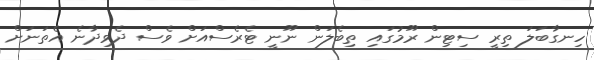
ހިނގާބަލަ ތިރީ ސިޓިން ރޫމުގައި ތިބެލަން ނޫނީ ޓެރެސްއަށް ވެސް ދެވިދާނެ އެތަނަށް